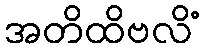
အတိထိဗလိံ